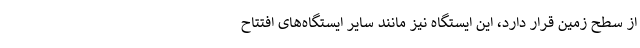
از سطح زمین قرار دارد، این ایستگاه نیز مانند سایر ایستگاه‌های افتتاح